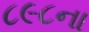
૮૯૮ના